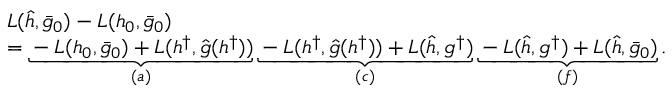
\begin{array} { r l } & { L ( \hat { h } , \bar { g } _ { 0 } ) - L ( h _ { 0 } , \bar { g } _ { 0 } ) } \\ & { = \underbrace { - L ( h _ { 0 } , \bar { g } _ { 0 } ) + L ( h ^ { \dagger } , \hat { g } ( h ^ { \dagger } ) ) } _ { ( a ) } \underbrace { - L ( h ^ { \dagger } , \hat { g } ( h ^ { \dagger } ) ) + L ( \hat { h } , g ^ { \dagger } ) } _ { ( c ) } \underbrace { - L ( \hat { h } , g ^ { \dagger } ) + L ( \hat { h } , \bar { g } _ { 0 } ) } _ { ( f ) } . } \end{array}